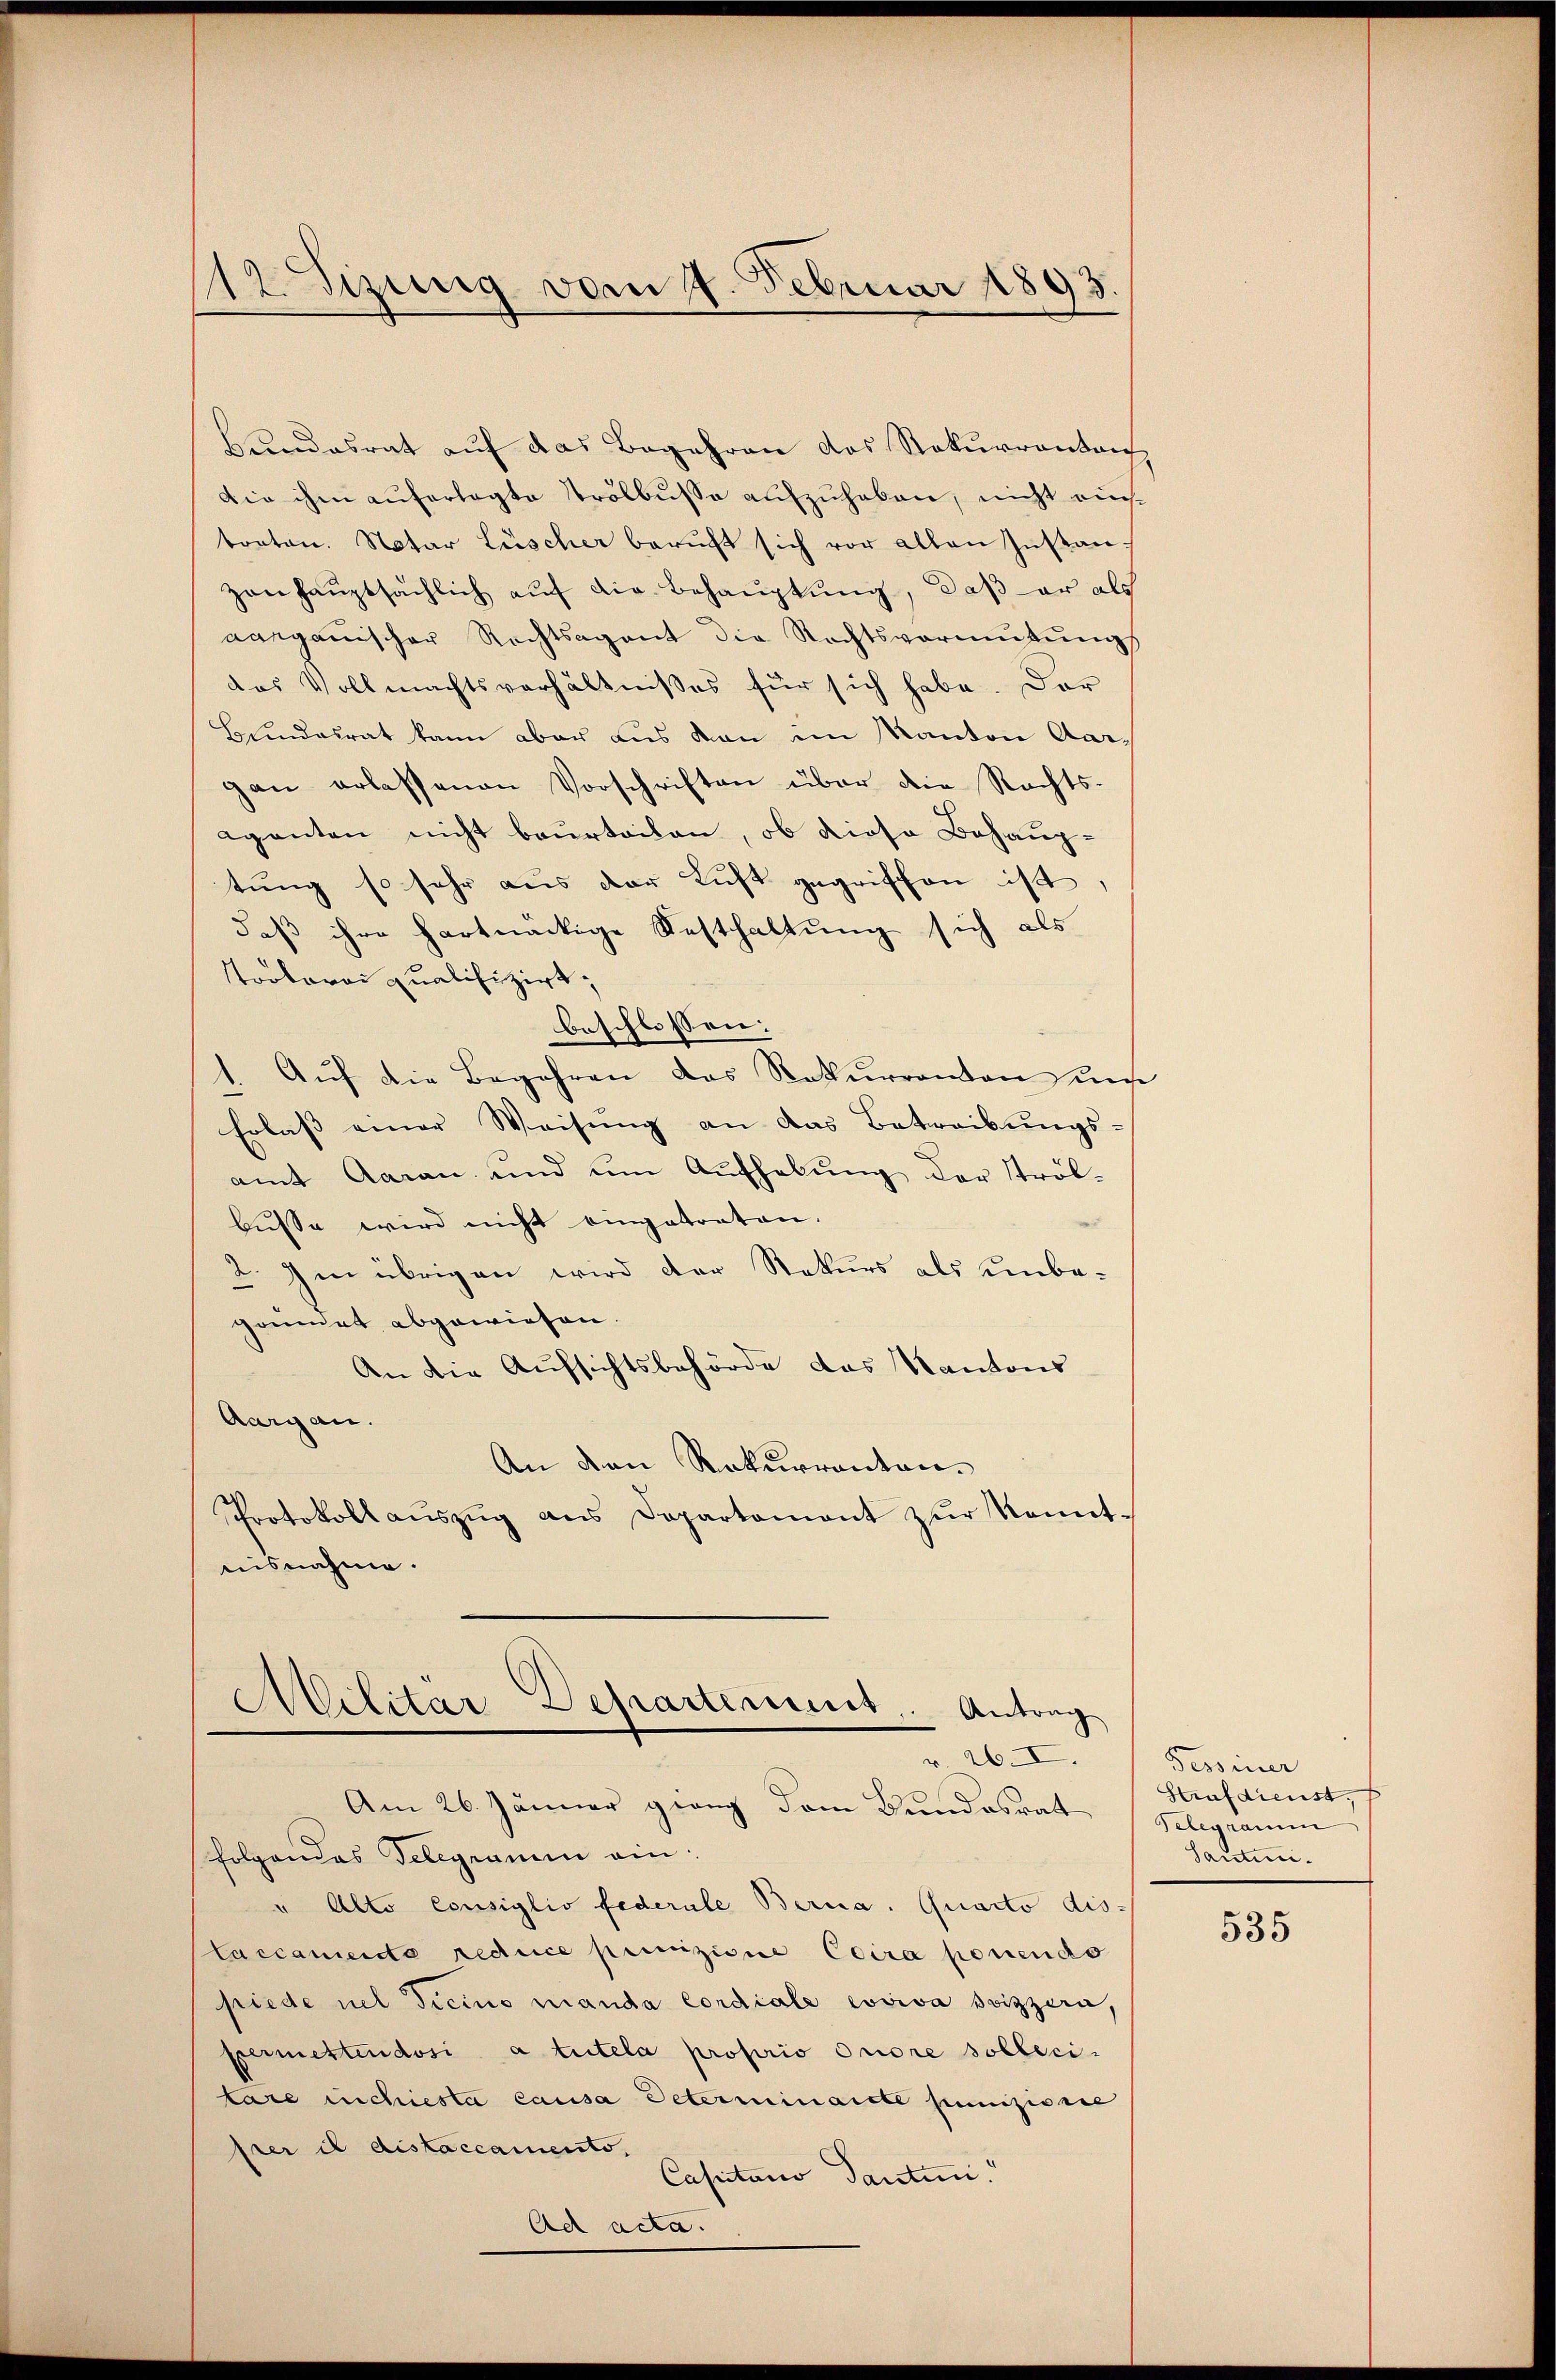
12 Sizung vom 9. Februar 1893.

Bundesrat auf das Begehren das Rekurrontan
Die ihm auferlegte Trölbusse aufzuhaben, nicht auch
torten. Notar Lüscher beruft sich vor allen Instan
zanhaŭptsächlich aŭf die Behaŭptŭng, daβ er als
aarganischer Rechtsagent die Rechtsvermutung
das Vollmachtsverhältnisses für sich habe. Dar
Bundesrat kann aber aus von im Kanton Aargan erlassenen Vorschriften über die Rechts-
aganten nicht beurteilen, ob diese Behaup-
tŭng so sehr aus der Luft gegriffen ist.
daß ihre hartnäckige Festhaltung sich als
Tooberei qualifizirt,
beschlossen:
1. Aŭf die Begehren das Rekurrenton unse
Erlass einer Weisŭng an das Betreibungs-
amt Aarau und um Aufhebung der Ströl-
busse wird nicht eingetraten.
2. Im übrigen wird der Rekurs als unbe-
gonnet abgewiesen.
An die Aufsichtsbehörde das Kantons
Aargau.
An den Rekurrenten.
Protokoll aŭszŭg aŭs Departament zŭr Kennt-
ausnahme.

Militar Departement. Antrag
v. 26. I.

Am 26. Jänner grang dem Bundesrat
folgendes Telegramm ein:
" Alto Consiglio federale Berna. Quarto dis-
Caccamente reduce punizione Coira ponendo
piede nel dicino manda cordiale cosiva seizzern,
permettendosi a tutela proprio ordre sollecitare inchiesta causa Determinarste junizionie
prer il distaccamento,
Cassstano Santin.
Ad acta.

Tessiner
Strafdienst,
Gelegram
Santini.

535